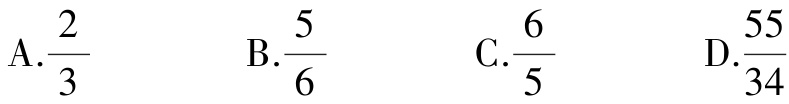
A.$\frac{2}{3}$  B.$\frac{5}{6}$  C.$\frac{6}{5}$  D.$\frac{55}{34}$